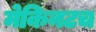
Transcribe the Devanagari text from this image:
मेकिनटच